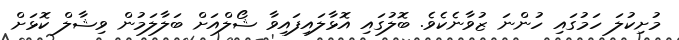
މުށިކުލަ ހަމުގައި ހުންނަ ޒުވާނެކެވެ. ބޮލުގައި އޮޅާލައިފައިވާ ޝޯލްއަށް ބަލާލަމުން ވިޝާލް ކޮޅަށް